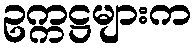
ဥက္ကဋ္ဌများက